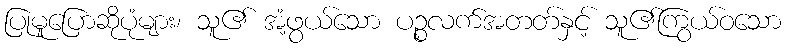
ပြုမူပြောဆိုပုံများ၊ သူ၏ အံ့ဖွယ်သော ပဉ္စလက်အတတ်နှင့် သူ၏ကြွယ်ဝသော